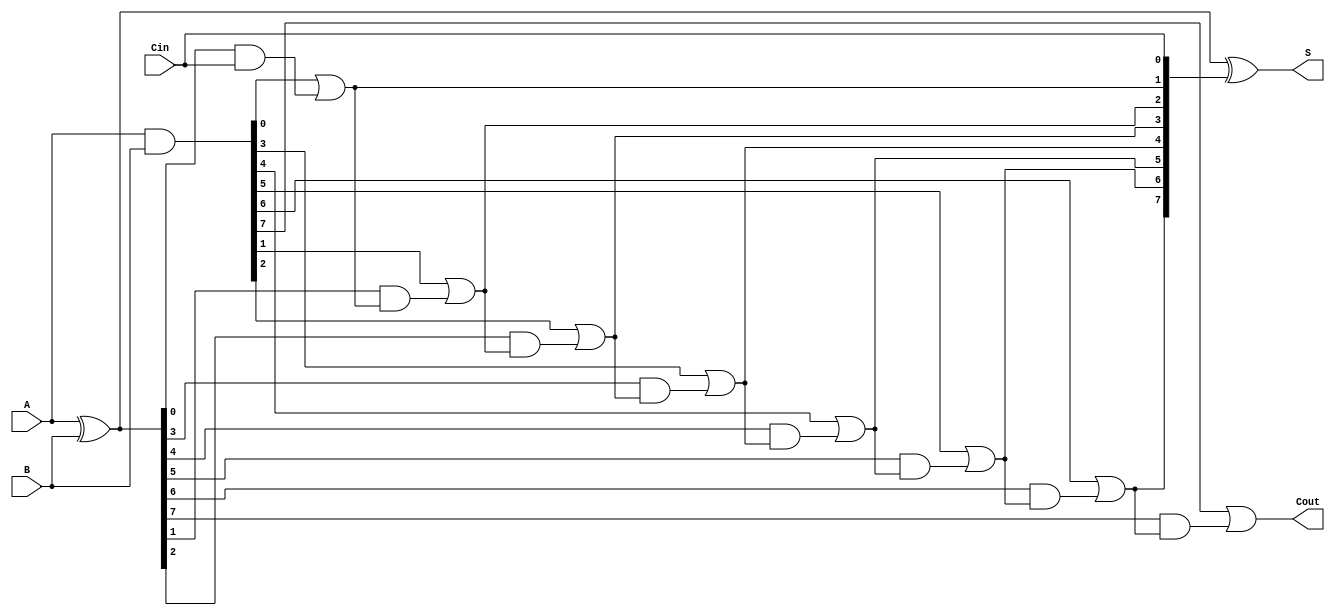
module KoggeStonePrefixAdder #(parameter n = 8) (
    input  [n-1:0] A,      // First operand
    input  [n-1:0] B,      // Second operand
    input          Cin,     // Carry-in
    output [n-1:0] S,      // Sum output
    output         Cout     // Carry-out
);

    // Generate and Propagate signals
    wire [n-1:0] G; // Generate
    wire [n-1:0] P; // Propagate
    wire [n:0] C;    // Carry signals (C[0] = Cin)

    // Generate and Propagate calculations
    assign G = A & B;          // Generate
    assign P = A ^ B;          // Propagate
    assign C[0] = Cin;         // Initial carry-in

    // Kogge-Stone Prefix Network
    genvar i, j;
    
    // Level 1: Calculate carry signals
    generate
        for (i = 0; i < n; i = i + 1) begin
            if (i == 0) begin
                assign C[i + 1] = G[i] | (P[i] & C[i]);
            end else begin
                assign C[i + 1] = G[i] | (P[i] & C[i]); // Carry calculation
            end
        end
    endgenerate

    // Sum Calculation
    assign S = P ^ C[n-1:0]; // Sum calculation using final carry signals
    assign Cout = C[n];      // Final carry-out

endmodule